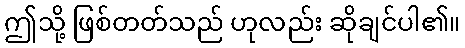
ဤသို့ ဖြစ်တတ်သည် ဟုလည်း ဆိုချင်ပါ၏။